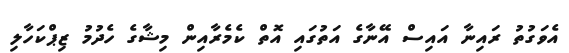
އެވަގުތު ރައިނާ އައިސް އޭނާގެ އަތުގައި އޮތް ކެމެރާއިން މިޝާގެ ހެދުމު ޒިޕްކަހާލި